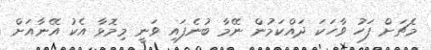
މެޗަށް ފަހު ވާހަކަ ދައްކަމުން ނޭމާ ބުނެފައި ވަނީ މިމޮޅާ އެކު އޭނާއަށް